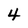
Character: 4